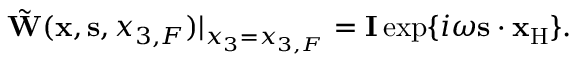
\begin{array} { r } { \tilde { \bf W } ( { { \bf x } } , { { \bf s } } , { x _ { 3 , F } } ) | _ { x _ { 3 } = { x _ { 3 , F } } } = { \bf I } \exp \{ i \omega { { \bf s } } \cdot { { \bf x } _ { \mathrm { H } } } \} . } \end{array}